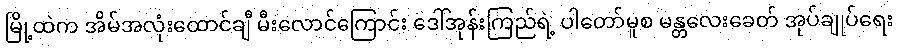
မြို့ထဲက အိမ်အလုံးထောင်ချီ မီးလောင်ကြောင်း ဒေါ်အုန်းကြည်ရဲ့ ပါတော်မူစ မန္တလေးခေတ် အုပ်ချုပ်ရေး